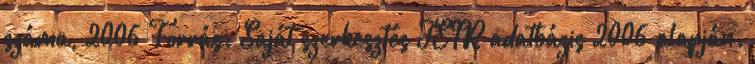
száma, 2006 Forrás: Saját szerkesztés TEIR adatbázis 2006 alapján.